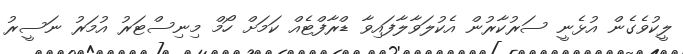
ލީކުވެގެން އުޅެނީ ސަރުކާރުން އެކުލަވާލާފައިވާ ޑްރާފްޓެއް ކަމަށް ހޯމް މިނިސްޓަރު އުމަރު ނަސީރު